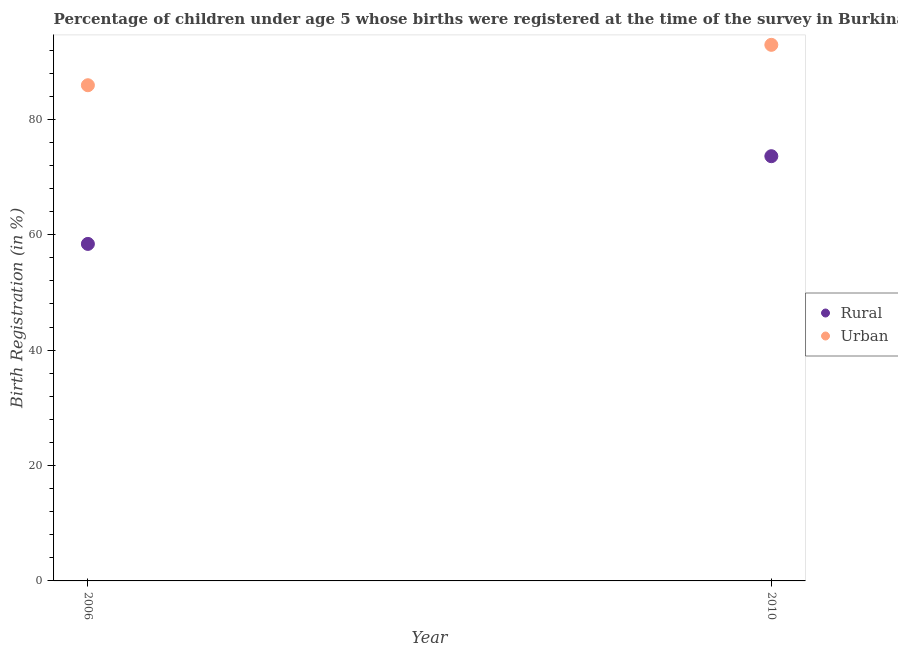
| Year | Rural | Urban |
 | --- | --- | --- |
 | 2006 | 58.4 | 85.9 |
 | 2010 | 73.6 | 92.9 |